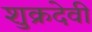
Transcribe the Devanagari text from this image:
शुक्रदेवी